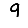
Digit: 9